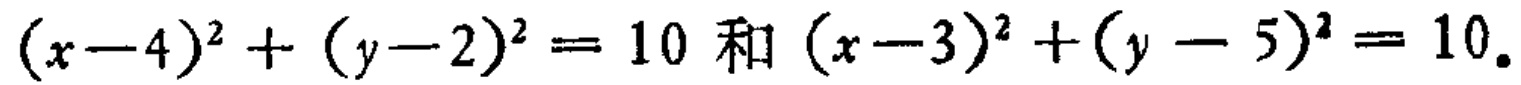
\((x - 4)^2 + (y - 2)^2 = 10\) 和 \((x - 3)^2 + (y - 5)^2 = 10\)